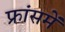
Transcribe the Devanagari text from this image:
फ्रांसमें